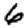
Digit: 6